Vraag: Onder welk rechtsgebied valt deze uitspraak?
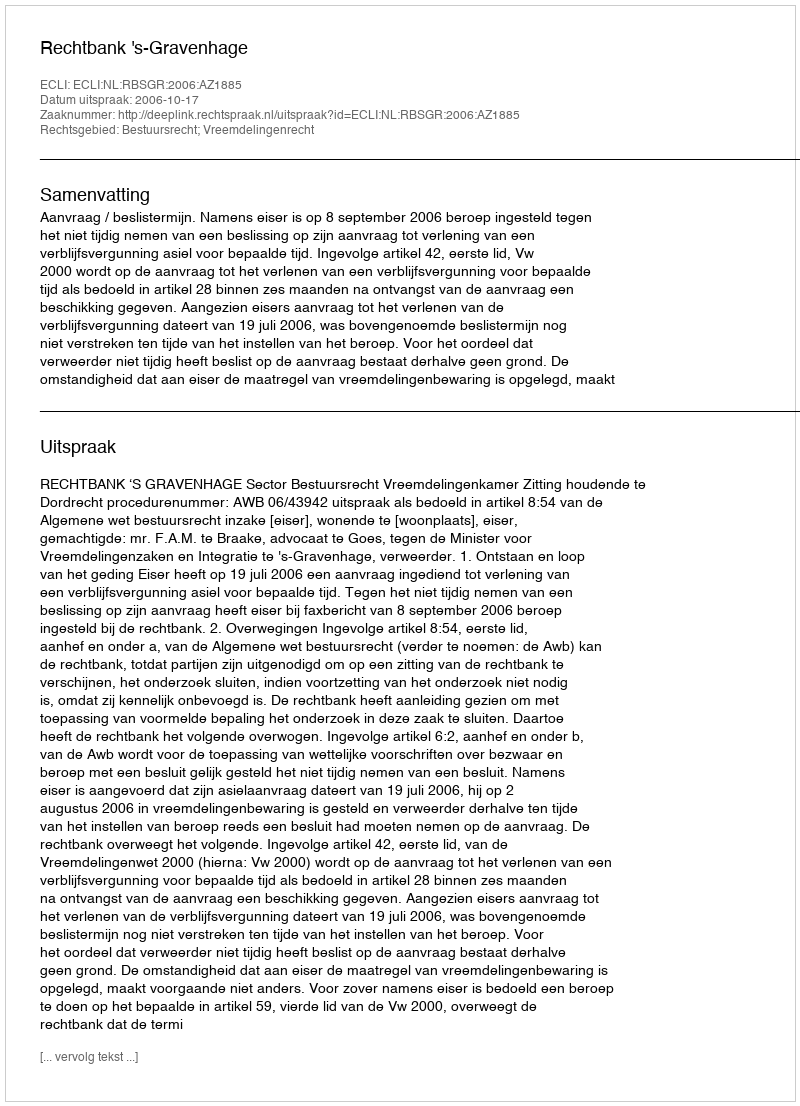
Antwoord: Bestuursrecht; Vreemdelingenrecht